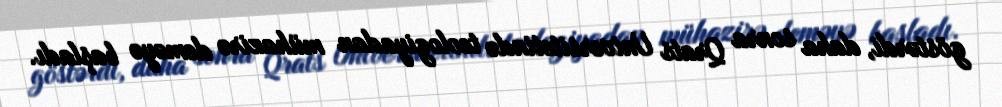
göstərdi, daha sonra Qrats Universitetində teologiyadan mühazirə deməyə başladı.